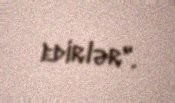
edirlər".